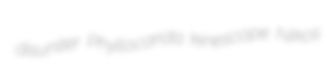
disuniter Phyllocarida kinescope Nikos